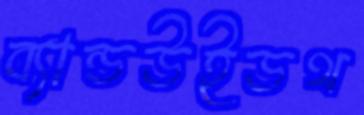
ব্যান্ডউইডথ